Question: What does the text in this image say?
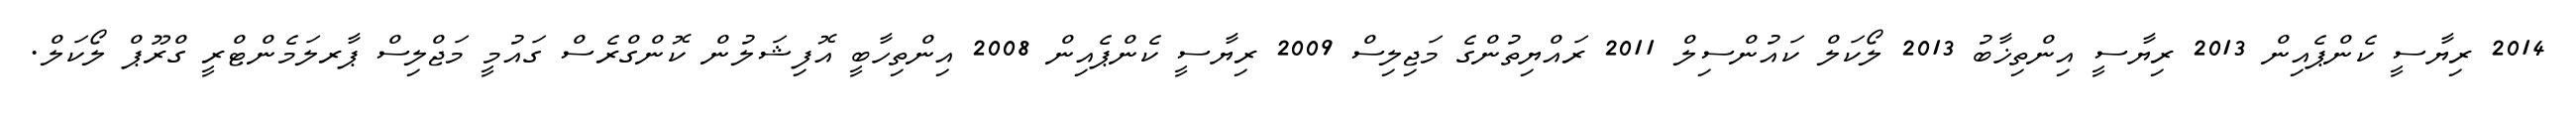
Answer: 2014 ރިޔާސީ ކެންޕެއިން 2013 ރިޔާސީ އިންތިޚާބު 2013 ލޯކަލް ކައުންސިލް 2011 ރައްޔިތުންގެ މަޖިލިސް 2009 ރިޔާސީ ކެންޕެއިން 2008 އިންތިހާބީ އޮފިޝަލުން ކޮންގްރެސް ގައުމީ މަޖްލިސް ޕާރލަމެންޓްރީ ގްރޫޕް ލޯކަލް.